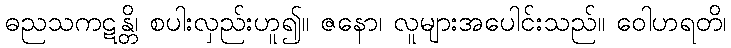
ဓညသကဋန္တိ၊ စပါးလှည်းဟူ၍။ ဇနော၊ လူများအပေါင်းသည်။ ဝေါဟရတိ၊